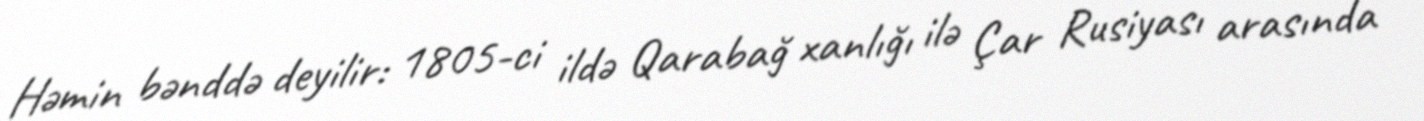
Həmin bənddə deyilir: 1805-ci ildə Qarabağ xanlığı ilə Çar Rusiyası arasında